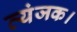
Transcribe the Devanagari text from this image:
व्यंजक।